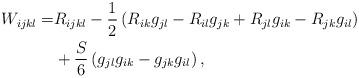
LaTeX: \begin{align*}W_{ijkl} = &R_{ijkl} - \frac{1}{2}\left(R_{ik}g_{jl} - R_{il} g_{jk}+ R_{jl} g_{ik} - R_{jk} g_{il}\right)\\&+ \frac{S}{6} \left(g_{jl} g_{ik} - g_{jk} g_{il}\right),\end{align*}